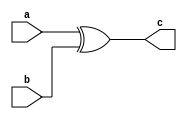
`timescale 1ns / 1ps

// Design Name: bitwise xor operation 
// Module Name: bitwise_xor
// Project Name: 32-bit ALU 



module bitwise_xor(
input [31:0]a,b,
output [31:0]c
    );
    
   
   assign  c = a ^ b;   // bitwise xor operation 
 
endmodule